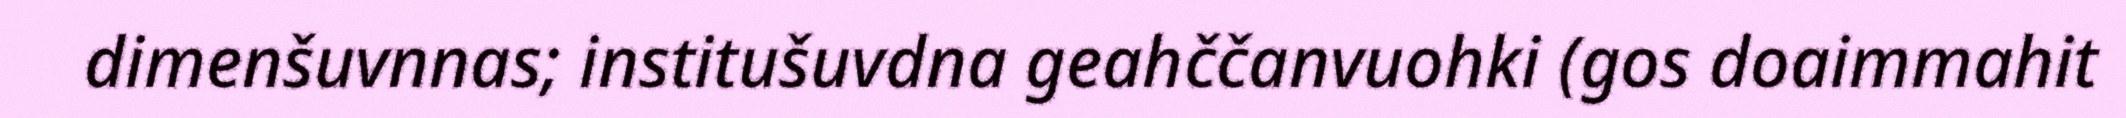
dimenšuvnnas; institušuvdna geahččanvuohki (gos doaimmahit